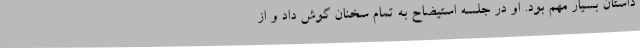
داستان بسیار مهم بود. او در جلسه استیضاح به تمام سخنان گوش داد و از